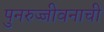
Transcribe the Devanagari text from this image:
पुनरुज्जीवनाची